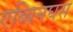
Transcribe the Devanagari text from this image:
एब्बिनघस